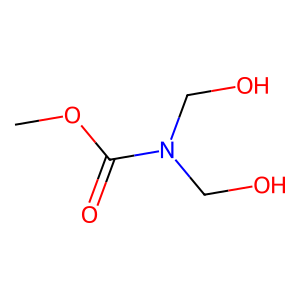
SMILES: COC(=O)N(CO)CO
Inhibits HIV replication: No